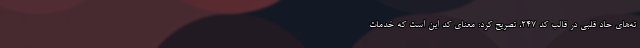
ته‌های حاد قلبی در قالب کد ۲۴۷، تصریح کرد: معنای کد این است که خدمات